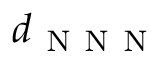
d _ { \mathrm { ~ N ~ N ~ N ~ } }